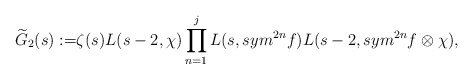
\begin{align*}\widetilde{G}_{2}(s):=&\zeta(s)L(s-2,\chi)\prod\limits_{n=1}^{j}L(s,sym^{2n}f)L(s-2,sym^{2n}f\otimes\chi) ,\end{align*}